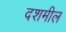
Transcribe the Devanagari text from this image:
दशमील